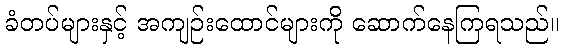
ခံတပ်များနှင့် အကျဉ်းထောင်များကို ဆောက်နေကြရသည်။